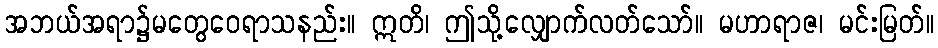
အဘယ်အရာ၌မတွေဝေရာသနည်း။ ဣတိ၊ ဤသို့လျှောက်လတ်သော်။ မဟာရာဇ၊ မင်းမြတ်။